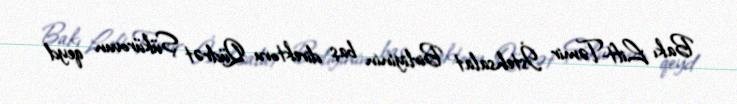
Bakı Lift-Təmir İstehsalat Birliyinin baş direktoru Qüdrət Şükürovun qeyd